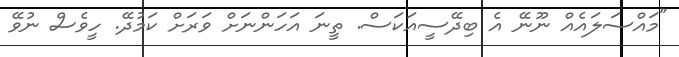
"މައްސަލައެއް ނޫނޭ އެ ބިދޭސީއަކަސް. ތީނަ އަހަންނަށް ވަރަށް ކަމުދޭ. ހީވެސް ނުވޭ